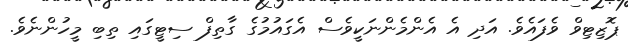
ޕޮޒިޓިވް ވެފައެވެ. އަދި އެ އެންމެންނަކީވެސް އެގައުމުގެ ގާތިފް ސިޓީގައި ތިބި މީހުންނެވެ.